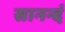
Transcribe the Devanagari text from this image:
सानन्दं